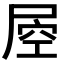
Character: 𡲀